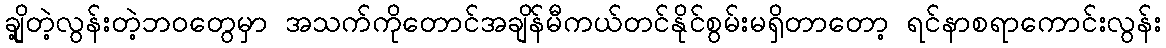
ချို့တဲ့လွန်းတဲ့ဘဝတွေမှာ အသက်ကိုတောင်အချိန်မီကယ်တင်နိုင်စွမ်းမရှိတာတော့ ရင်နာစရာကောင်းလွန်း